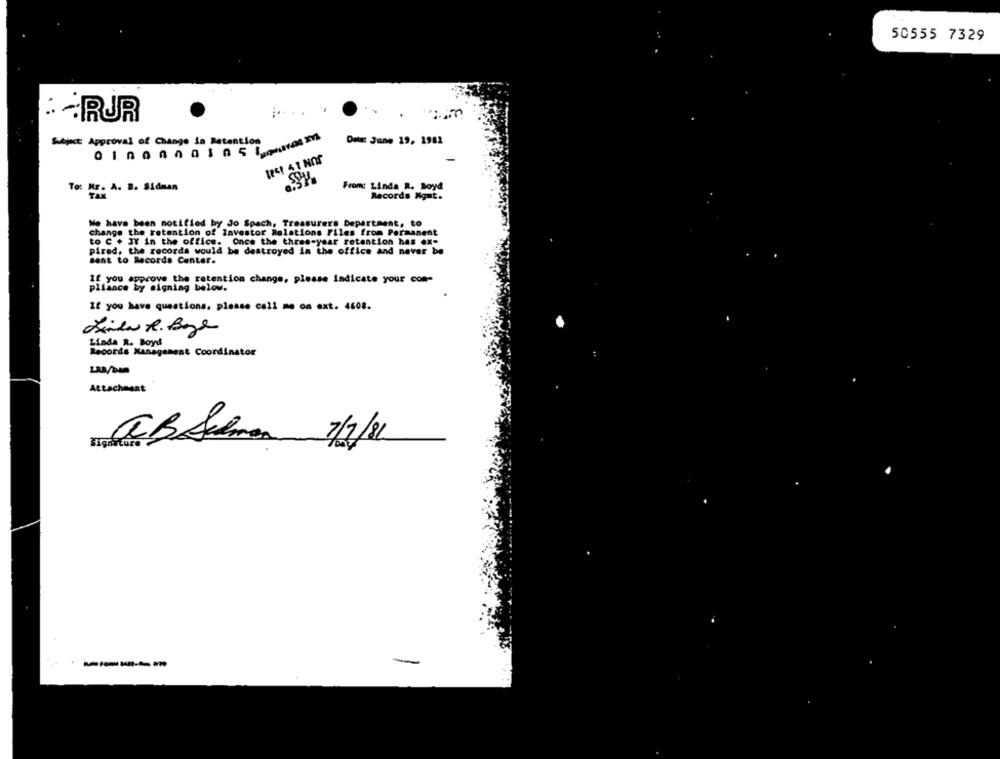
50555 7329
RUR
Subject Approval of Change in Retention
Date: June 19, 1981
To: Mr. A. B. Sidman
From: Linda R. Boyd
Records Xgut.
Me have been notified by Jo Spach, Treasurers Department, to
change the retention of Investor Relations Files from Permanent
to C + 3Y in the office. Once the three-year retention has ex-
pired, the records would be destroyed in the office and never be
sent to Records Center.
If you approve the retention change, please indicate your com-
pliance by signing below.
If you have questions. please call me on ext. 4608.
Linda R. Boje
Linda R. Boyd
Records Management Coordinator
LAB/DAM
Attachment
AB Selman 7/7/81
-------
-